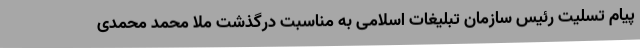
پیام تسلیت رئیس سازمان تبلیغات اسلامی به مناسبت درگذشت ملا محمد محمدی